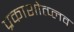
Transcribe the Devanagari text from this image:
प्रकाशोत्प्लव